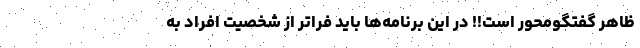
ظاهر گفتگومحور است!! در این برنامه‌ها باید فراتر از شخصیت افراد به